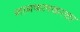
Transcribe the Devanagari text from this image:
नामफलकाचा